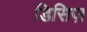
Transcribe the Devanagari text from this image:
डिसिज़